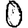
Digit: 0